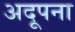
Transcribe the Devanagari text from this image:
अदूपना